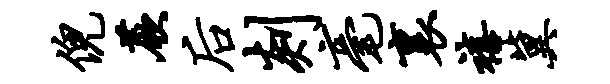
倪蕨後剡毫里禧冀